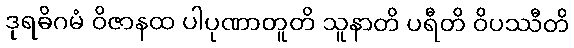
ဒုရဓိဂမံ ဝိဇာနထ ပါပုဏာတူတိ သူနာတိ ပရီတိ ဝိပဿီတိ